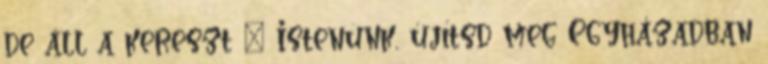
de áll a kereszt ” Istenünk, újítsd meg Egyházadban